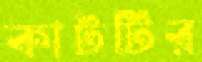
কাটটির